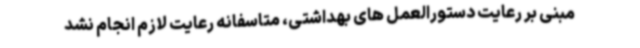
مبنی بر رعایت دستورالعمل های بهداشتی، متاسفانه رعایت لازم انجام نشد